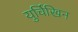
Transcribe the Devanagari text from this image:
युर्चिखिन